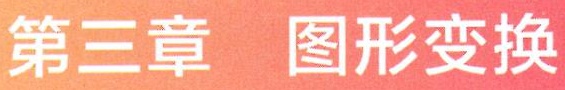
第三章 图形变换